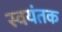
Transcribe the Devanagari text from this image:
स्‍वयंतक